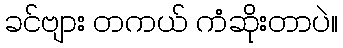
ခင်ဗျား တကယ် ကံဆိုးတာပဲ။